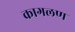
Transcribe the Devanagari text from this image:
कागलण